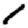
Digit: 1